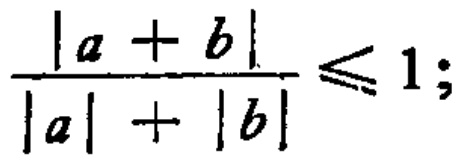
\frac{|a + b|}{|a| + |b|} \leqslant 1;